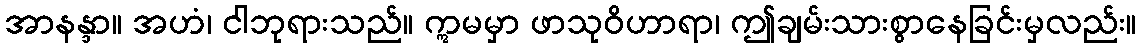
အာနန္ဒာ။ အဟံ၊ ငါဘုရားသည်။ ဣမမှာ ဖာသုဝိဟာရာ၊ ဤချမ်းသားစွာနေခြင်းမှလည်း။